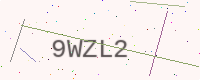
Text: 9WZL2